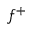
f ^ { + }